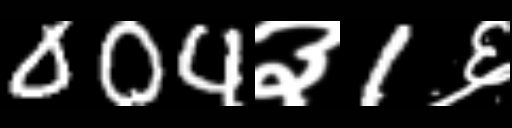
Text: 004३1६